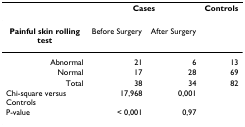
|  | <COLSPAN=2> Cases | Controls |
 | --- | --- | --- | --- |
 | Painful skin rolling test | Before Surgery | After Surgery |  |
 | Abnormal | 21 | 6 | 13 |
 | Normal | 17 | 28 | 69 |
 | Total | 38 | 34 | 82 |
 | Chi-square versus Controls | 17,968 | 0,001 |  |
 | P-value | < 0,001 | 0,97 |  |